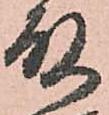
殿